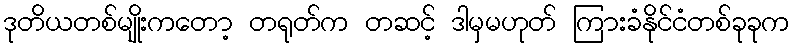
ဒုတိယတစ်မျိုးကတော့ တရုတ်က တဆင့် ဒါမှမဟုတ် ကြားခံနိုင်ငံတစ်ခုခုက